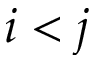
i < j